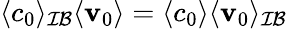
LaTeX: \langle c_{0}\rangle_{\mathcal{IB}}\langle\mathbf v_{0}\rangle=\langle c_{0}\rangle\langle\mathbf v_{0}\rangle_{\mathcal{IB}}